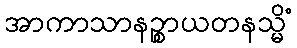
အာကာသာနဉ္စာယတနသ္မိံ